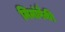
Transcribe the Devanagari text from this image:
मिमांपैकी